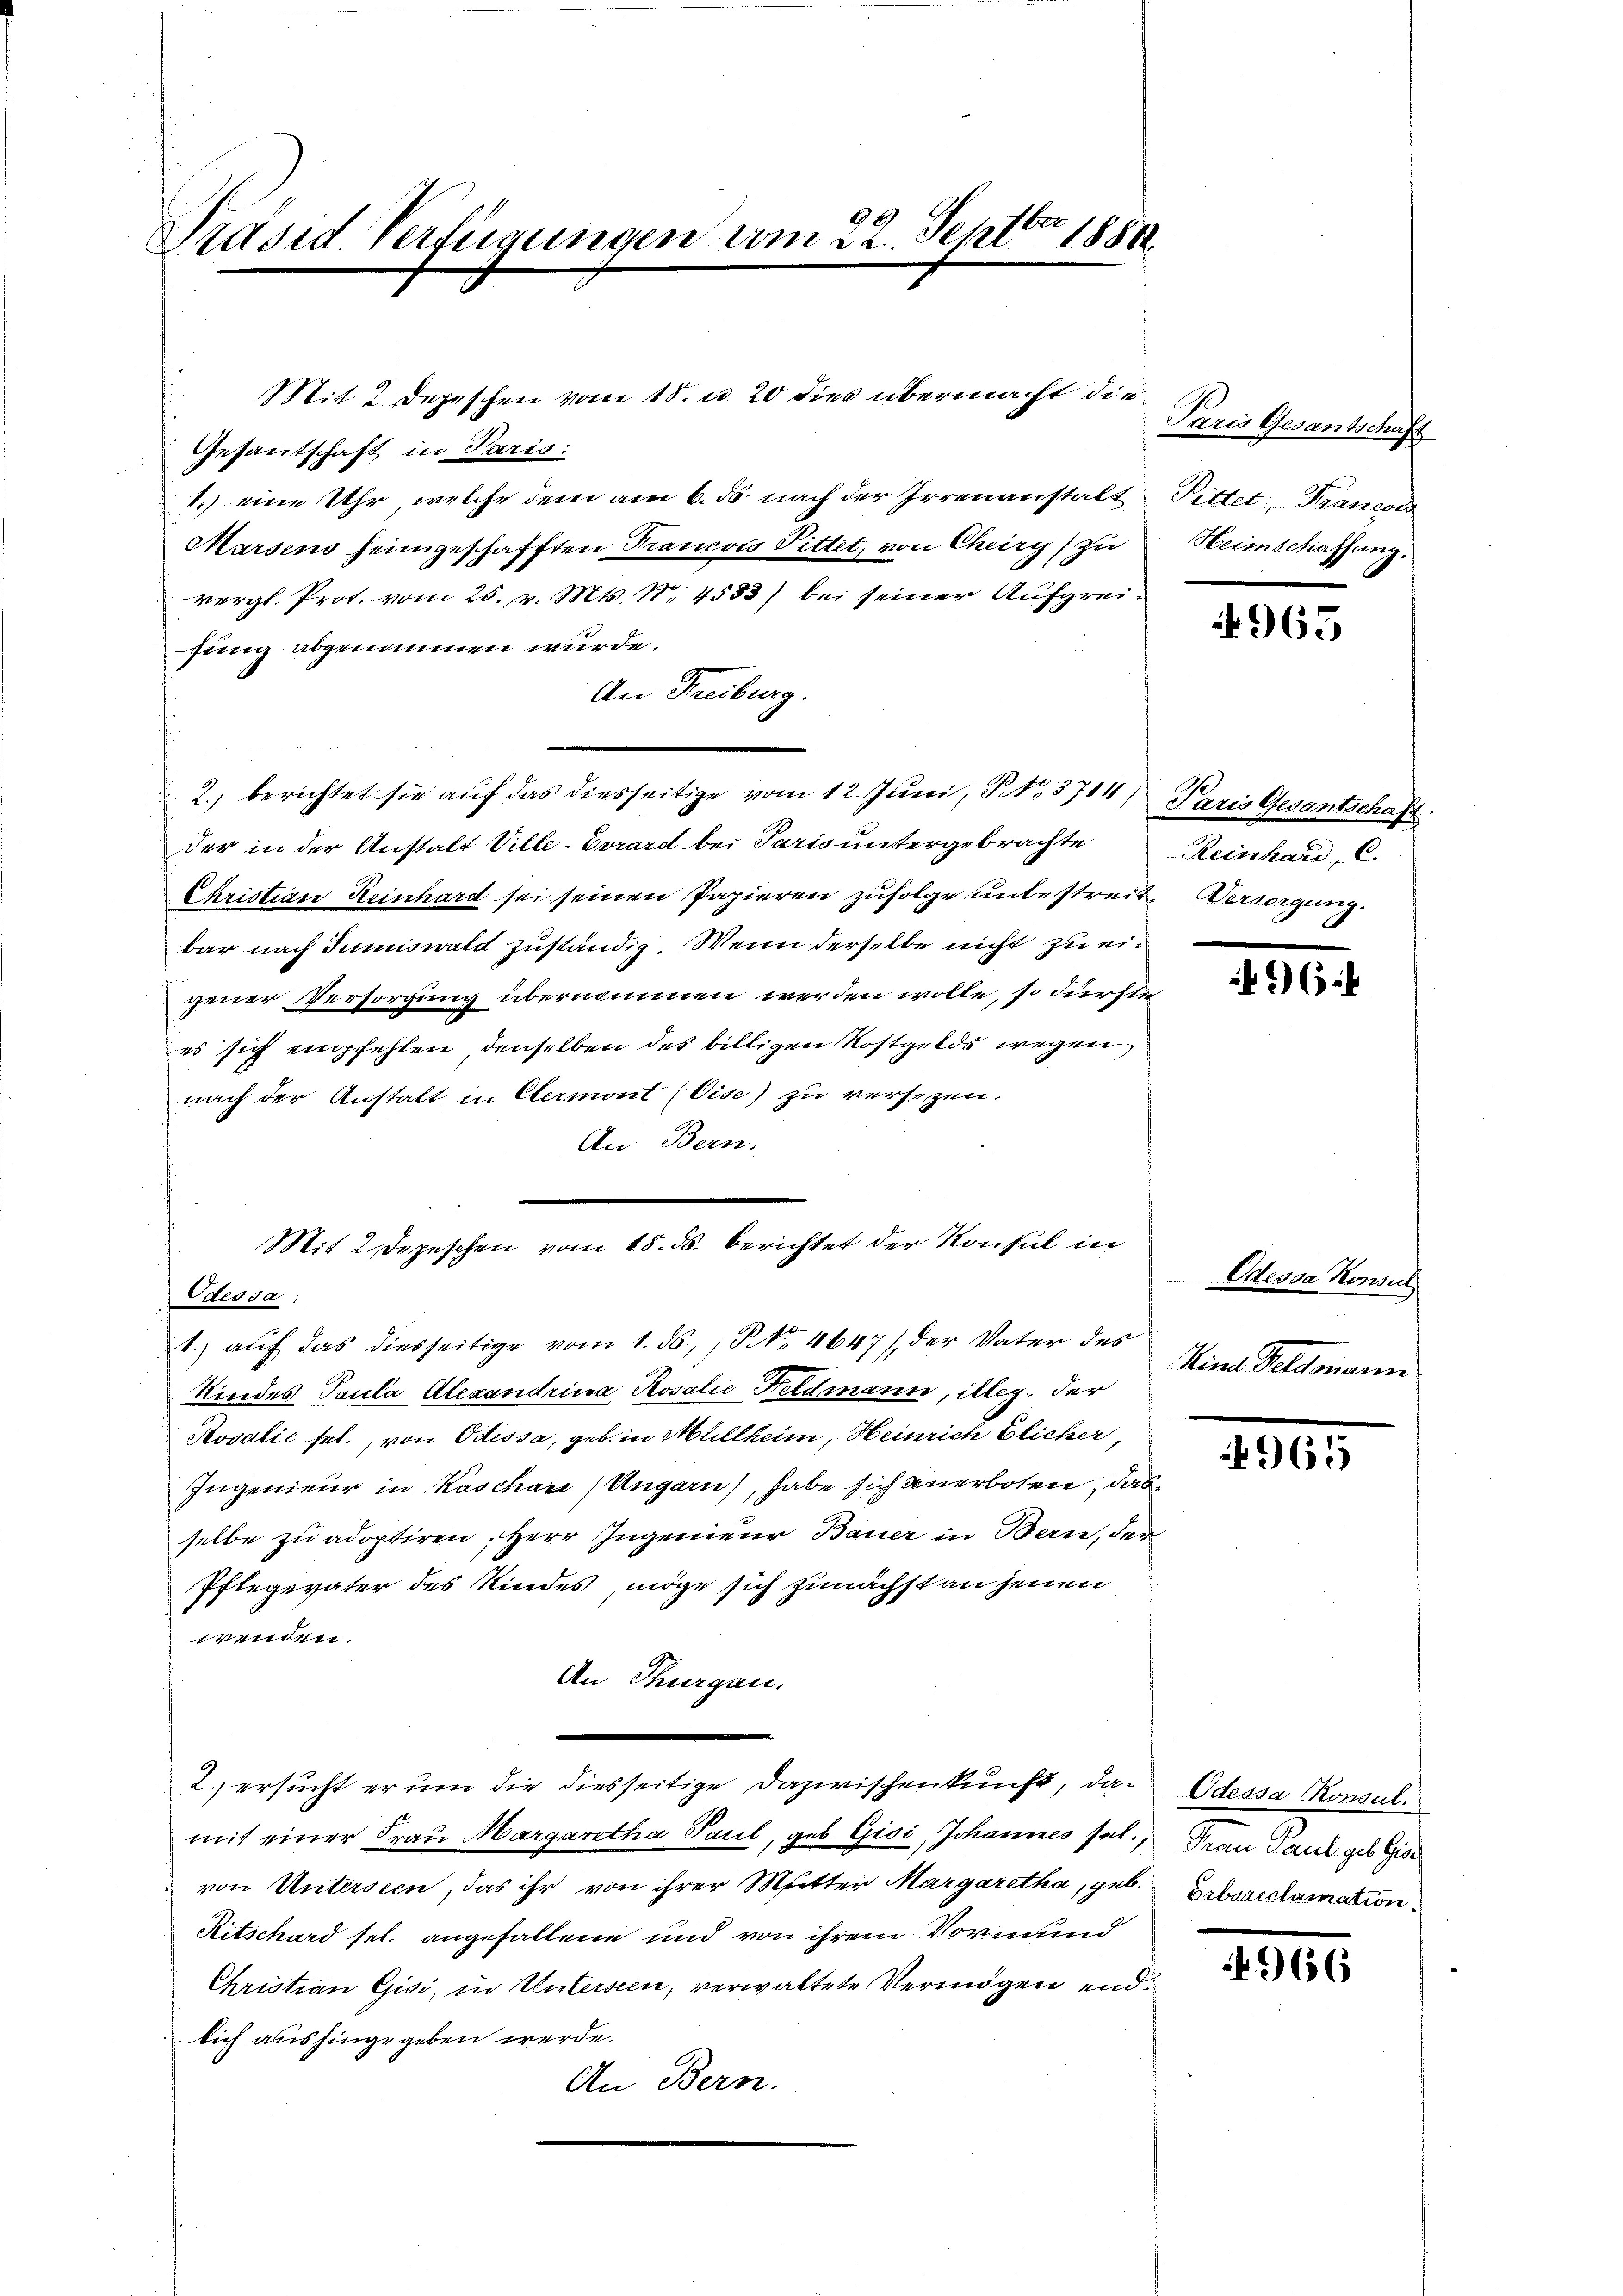
ber.
Präsid. Verfügungen vom 22. Septbr. 1881

Mit 2 Depeschen vom 18. ds. berichtet der Konsul in

Mit 2 Depeschen vom 18. u. 20 dies übermacht die
Gesantschaft in Paris:
1.) eine Uhr, welche dem am 6. ds nach der Irrenanstalt Pittet Francois
Marsens heimgeschafften Krancon Pittet, von Chery zu
vergl. Prot. vom 25. v. Mts. N. 4553) bei seiner Aufgreifung abgenommen wurde.
An Freiburg.
.
2.) berichtet sie auf das diesseitige vom 12. Juni, P. Nr. 3714) Paris Gesantschaft.
der in der Anstatt Ville-Vorard bei Paris untergebrachte
Christian Reinhard sei seinen Papieren zufolge unbestreit Versorgung
bar nach dumiswald zuständig. Wenn derselbe nicht zu eigener Versorgung übernommen werden wolle, so dürfte
es sich empfehlen, denselben des billigen Kostgelds wegen
nach der Anstalt in Etermont (Gise) zu versezen.
An Bern.
Odedsa:
1.) auf das diesseitige vom 1. ds., P. Nr. 4647), der Vater des
Kindes Paula Alexandrina Rosalie Feldmann, illeg. der
Rosalić sel., von Odessa, geb. in Müllheim, Heinrich blicher,
Ingenieur in Kaschai/ Ungarn), habe sich anerboten, das
selbe zu adoptiren, Herr Ingenieur Bauer in Bern, der
Pflegeväter des Kindes, möge sich zunächst an jenen
wenden.
An Thurgau.
2. ersucht er um die diesseitige Dazwischenkunft, damit einer Frau Margaretha Paul, geb. Gisi, Johannes sel.,
von Unterseen, das ihr von ihrer Mutter Margaretha, geb.
Ritschard sel. angefallene und von ihrem Vormund
Christian Gisi, in Unterseen, verwaltete Vermögen endlich aushingegeben werde.
An Bern.

Paris Gesantschaft
Heimschaffung.

965

Reinhard, C.

964

Odessa Konsu
Kind Feldmanni

4965

Odessa Konsul
Frau Paul geb Gier
Erbareclamation.

966